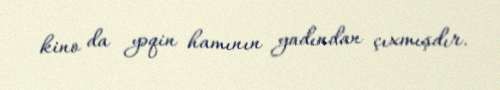
kino da yəqin hamının yadından çıxmışdır.